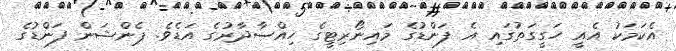
އެކަމަކު އެއީ ހަގީގަތުގައި އެ ފަންޑުގެ މައިނޯރިޓީގެ ހިއްސާދާރުގެ އަޑެވެ. ޕެންޝަން ފަންޑުގެ